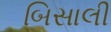
બિસાલી